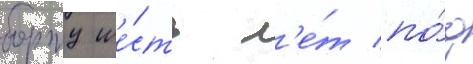
борту ше́сть л'е́т по́д